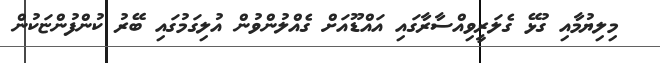
މިލިޔުމާއި ގުޅޭ ގެލަރީވިއްސާރާގައި އައްޑޫއަށް ގެއްލުންވުން އުލިގަމުގައި ބޭރު ކުންފުންޏަކުން